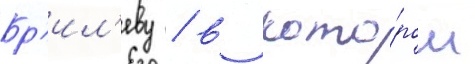
Бр'ил'еву / в кото́ром